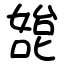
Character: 㗠